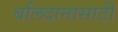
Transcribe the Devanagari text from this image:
बलिदानासाठी